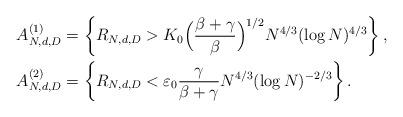
LaTeX: \begin{align*} \begin{aligned} A^{(1)}_{N,d,D}&=\left\{R_{N,d,D}>K_{0} \Big(\frac{\beta+\gamma}{\beta}\Big)^{1/2} N^{4/3}(\log N)^{4/3} \right\}, \\A^{(2)}_{N,d,D}&=\left \{R_{N,d,D}<\varepsilon_0 \frac{\gamma}{\beta+\gamma} N^{4/3}(\log N)^{-2/3} \right \}. \end{aligned}\end{align*}